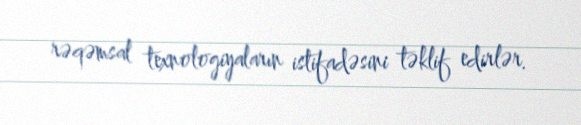
rəqəmsal texnologiyaların istifadəsini təklif edirlər.